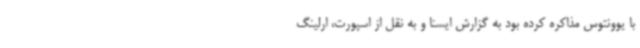
با یوونتوس مذاکره کرده بود به گزارش ایسنا و به نقل از اسپورت، ارلینگ